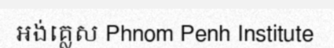
អង់គ្លេស Phnom Penh Institute